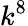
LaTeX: k^{8}